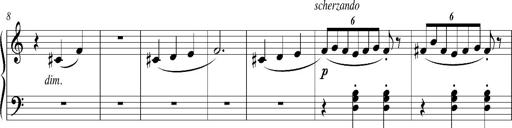
Title: Bagatelle sans tonalitÃ©
Composer: Franz Liszt